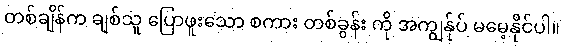
တစ်ချိန်က ချစ်သူ ပြောဖူးသော စကား တစ်ခွန်း ကို အကျွန်ုပ် မမေ့နိုင်ပါ။